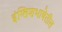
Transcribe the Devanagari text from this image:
इंग्लिशभाषेतील